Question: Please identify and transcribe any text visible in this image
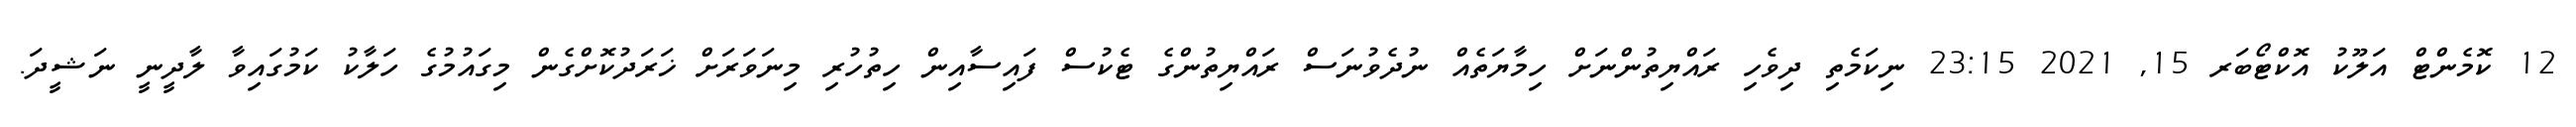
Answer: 12 ކޮމެންޓް އަލޫކު އޮކްޓޯބަރ 15, 2021 23:15 ނިކަމެތި ދިވެހި ރައްޔިތުންނަށް ހިމާޔަތެއް ނުދެވުނަސް ރައްޔިތުންގެ ޓެކުސް ފައިސާއިން ހިތުހުރި މިނަވަރަށް ޚަރަދުކޮށްގެން މިގައުމުގެ ހަލާކު ކަމުގައިވާ ލާދީނީ ނަޝީދަ.